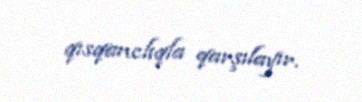
qısqanclıqla qarşılayır.